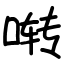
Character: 啭